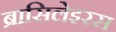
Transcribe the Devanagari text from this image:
ब्रासिलेइरस